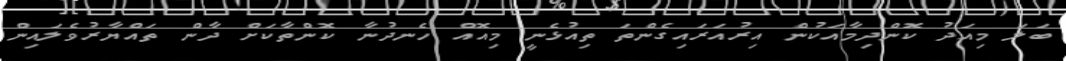
ބަލަ މިއަދު ކޮންދިމާއަކުން އިރުއަރައިގެންތަ ތިއުޅެނީ މިއޮއް ހެނދުނާ ކޮންތާކަށް ދާން ތައްޔާރުވެލައިން